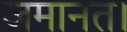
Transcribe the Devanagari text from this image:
जमानत।